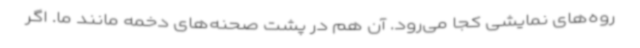
روه‌های نمایشی کجا می‌رود. آن هم در پشت صحنه‌های دخمه مانند ما. اگر